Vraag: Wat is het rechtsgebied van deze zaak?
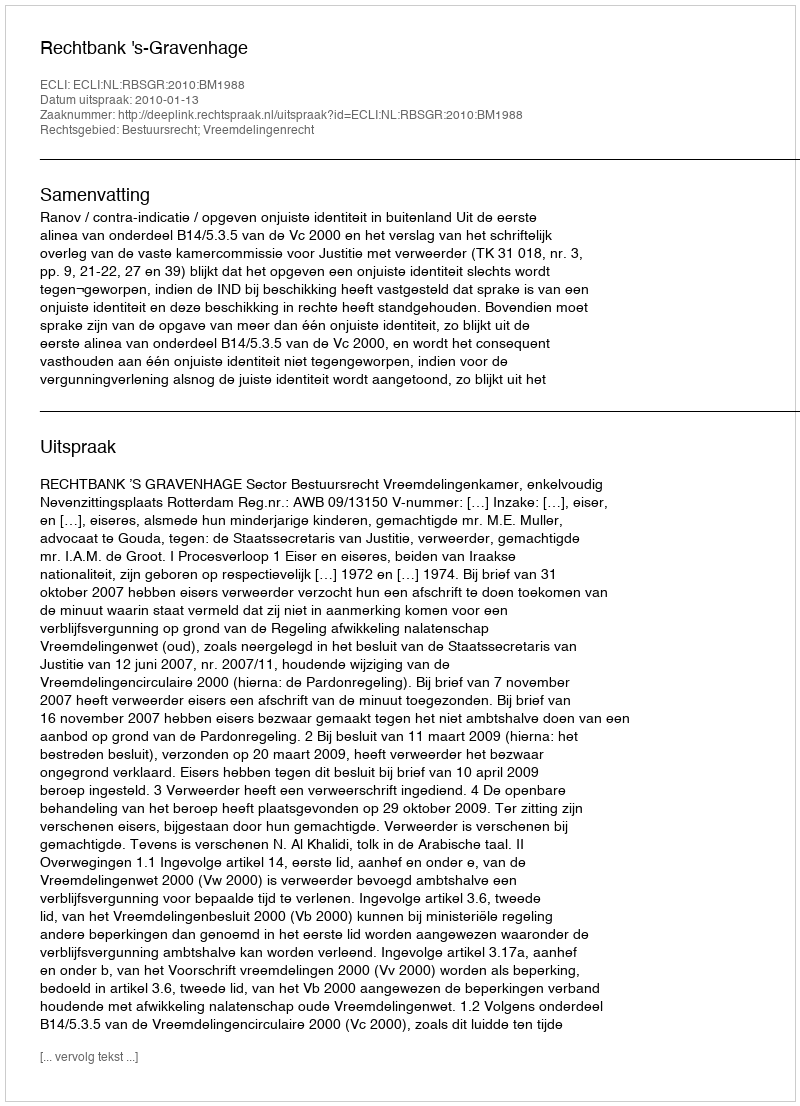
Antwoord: Bestuursrecht; Vreemdelingenrecht